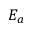
E _ { a }